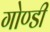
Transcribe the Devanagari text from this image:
गोण्डी